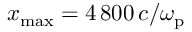
x _ { \mathrm { m a x } } = 4 \, 8 0 0 \, c / \omega _ { \mathrm { p } }